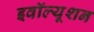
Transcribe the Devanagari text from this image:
इवॉल्यूशन